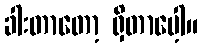
ခါးတာတော့ ရှိတာပေ့ါ။